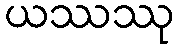
ယဿဿု